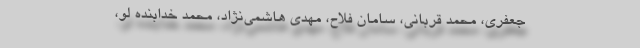
جعفری، محمد قربانی، سامان فلاح، مهدی هاشمی‌نژاد، محمد خدابنده لو،